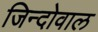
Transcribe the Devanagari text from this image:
जिन्दोवाल